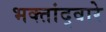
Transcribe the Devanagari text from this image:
भक्तांद्वारे